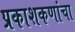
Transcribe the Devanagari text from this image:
प्रकाशकणांचा